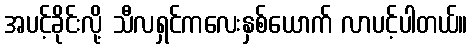
အပင့်ခိုင်းလို့ သီလရှင်ကလေးနှစ်ယောက် လာပင့်ပါတယ်။